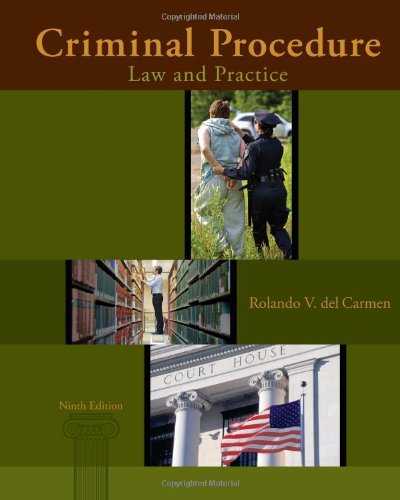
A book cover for Criminal Procedure: Law and Practice; Rolando V. del Carmen; Law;